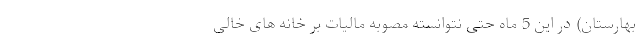
بهارستان) در این 5 ماه حتی نتوانسته مصوبه مالیات بر خانه های خالی